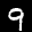
Label: 9